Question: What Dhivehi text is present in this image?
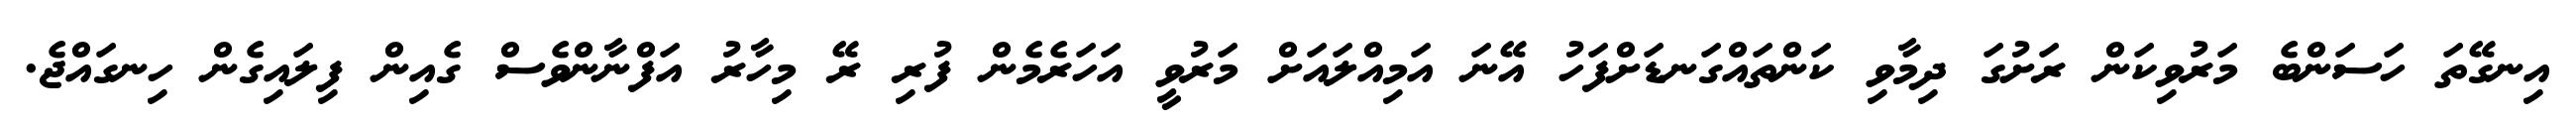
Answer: އިނގޭތަ ހަސަންބެ މަރުވިކަން ރަށުގަ ދިމާވި ކަންތައްގަނޑަށްފަހު އޭނަ އަމިއްލައަށް މަރުވީ އަހަރެމެން ފުރި ރޭ މިހާރު އަފްނާންވެސް ގެއިން ފިލައިގެން ހިނގައްޖެ.